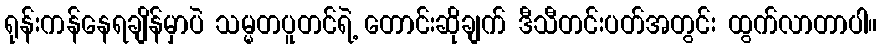
ရုန်းကန်နေရချိန်မှာပဲ သမ္မတပူတင်ရဲ့ တောင်းဆိုချက် ဒီသီတင်းပတ်အတွင်း ထွက်လာတာပါ။